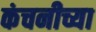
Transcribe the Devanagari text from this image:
कंचनीच्या